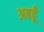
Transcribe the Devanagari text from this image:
अबहूँ